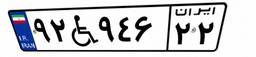
۰۲W۵۷۹۹۳